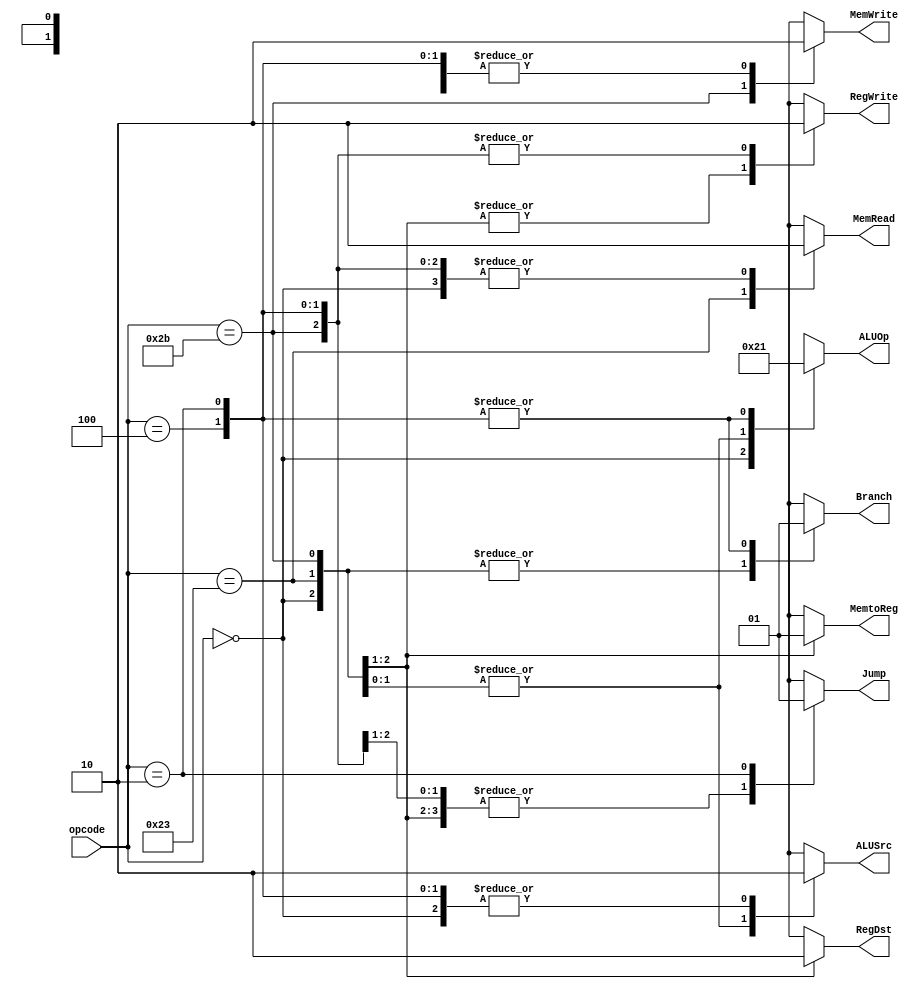
/*
	Title: MIPS Single-Cycle Control Unit
	Editor: Selene (Computer System and Architecture Lab, ICE, CYCU)
	
	Input Port
		1. opcode: JONAT
	Input Port
		1. RegDst: RFMUX
		2. ALUSrc: ALUMUX
		3. MemtoReg: WRMUX
		4. RegWrite: sO_igJ
		5. MemRead:  OO_iX
		6. MemWrite: OO_igJ
		7. Branch: PALUXzeroTANDBPCMUX
		8. ALUOp: XALU Control
*/
module control_single( opcode, RegDst, ALUSrc, MemtoReg, RegWrite, 
					   MemRead, MemWrite, Branch, Jump, ALUOp);
    input[5:0] opcode;
    output RegDst, ALUSrc, MemtoReg, RegWrite, MemRead, MemWrite, Branch, Jump;
    output[1:0] ALUOp;
    reg RegDst, ALUSrc, MemtoReg, RegWrite, MemRead, MemWrite, Branch, Jump;
    reg[1:0] ALUOp;

    parameter R_FORMAT = 6'd0;
    parameter LW = 6'd35;
    parameter SW = 6'd43;
    parameter BEQ = 6'd4;
	parameter J = 6'd2;

    always @( opcode ) begin
        case ( opcode )
          R_FORMAT : 
          begin
				RegDst = 1'b1; ALUSrc = 1'b0; MemtoReg = 1'b0; RegWrite = 1'b1; MemRead = 1'b0; 
				MemWrite = 1'b0; Branch = 1'b0; Jump = 1'b0; ALUOp = 2'b10;
          end
          LW :
          begin
				RegDst = 1'b0; ALUSrc = 1'b1; MemtoReg = 1'b1; RegWrite = 1'b1; MemRead = 1'b1; 
				MemWrite = 1'b0; Branch = 1'b0; Jump = 1'b0; ALUOp = 2'b00;
          end
          SW :
          begin
				RegDst = 1'bx; ALUSrc = 1'b1; MemtoReg = 1'bx; RegWrite = 1'b0; MemRead = 1'b0; 
				MemWrite = 1'b1; Branch = 1'b0; Jump = 1'b0; ALUOp = 2'b00;
          end
          BEQ :
          begin
				RegDst = 1'bx; ALUSrc = 1'b0; MemtoReg = 1'bx; RegWrite = 1'b0; MemRead = 1'b0; 
				MemWrite = 1'b0; Branch = 1'b1; Jump = 1'b0; ALUOp = 2'b01;
          end
		  J :
		  begin
				RegDst = 1'bx; ALUSrc = 1'b0; MemtoReg = 1'bx; RegWrite = 1'b0; MemRead = 1'b0; 
				MemWrite = 1'b0; Branch = 1'b1; Jump = 1'b1; ALUOp = 2'b01;
		  end
          default
          begin
				$display("control_single unimplemented opcode %d", opcode);
				RegDst=1'bx; ALUSrc=1'bx; MemtoReg=1'bx; RegWrite=1'bx; MemRead=1'bx; 
				MemWrite=1'bx; Branch=1'bx; Jump = 1'bx; ALUOp = 2'bxx;
          end

        endcase
    end
endmodule